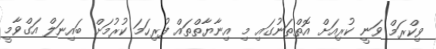
ވިކްރަމް ވަނީ ކުރިއަށް އޮތްތަނުގައި މި އިނާޔާތްތައް ފުރިހަމަ ކުރުމަށް ބައިނަލް އަގްވާމީ